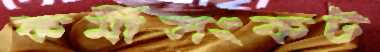
কর্মীসংকট